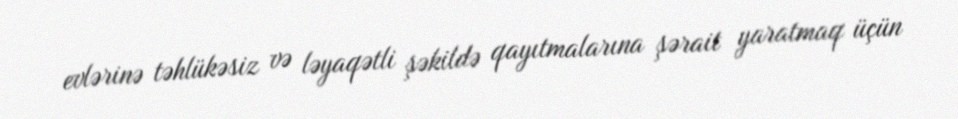
evlərinə təhlükəsiz və ləyaqətli şəkildə qayıtmalarına şərait yaratmaq üçün